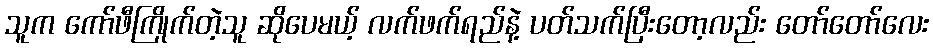
သူက ကော်ဖီကြိုက်တဲ့သူ ဆိုပေမယ့် လက်ဖက်ရည်နဲ့ ပတ်သက်ပြီးတော့လည်း တော်တော်လေး